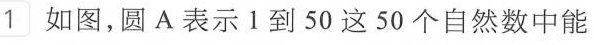
1.如图，圆A表示1到50这50个自然数中能